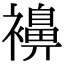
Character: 襣